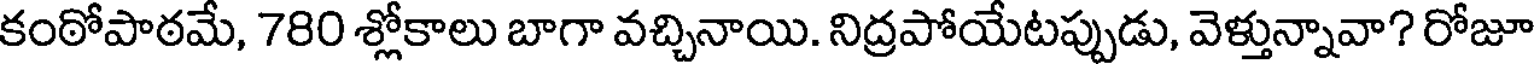
కంఠోపాఠమే, 780 శ్లోకాలు బాగా వచ్చినాయి. నిద్రపోయేటప్పుడు, వెళ్తున్నావా? రోజూ